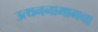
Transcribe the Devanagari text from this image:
उत्थननामागचा